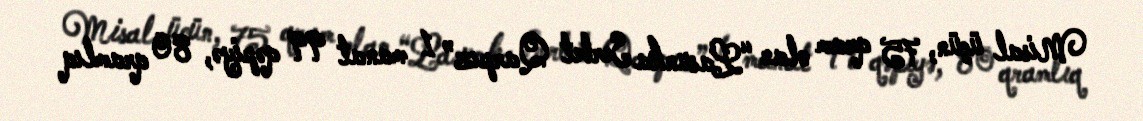
Misal üçün, 75 qram olan “Lasunka Serbet Qarpız” 1 manat 99 qəpiyə, 80 qramlıq